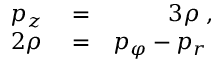
\begin{array} { r l r } { p _ { z } } & { { } = } & { 3 \rho \; , } \\ { 2 \rho } & { { } = } & { p _ { \varphi } - p _ { r } \; } \end{array}